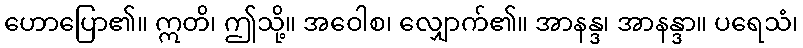
ဟောပြော၏။ ဣတိ၊ ဤသို့။ အဝေါစ၊ လျှောက်၏။ အာနန္ဒ၊ အာနန္ဒာ။ ပရေသံ၊